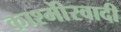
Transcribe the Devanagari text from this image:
काश्‍मीेरवादी